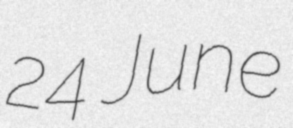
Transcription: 24 June